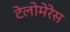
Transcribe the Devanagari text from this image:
टेलोमेरेस